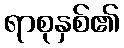
ရာစုနှစ်၏